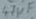
Text: 47µF